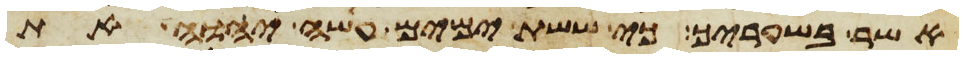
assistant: אשר בשעריך כי ששת ימים עשה יהוה את